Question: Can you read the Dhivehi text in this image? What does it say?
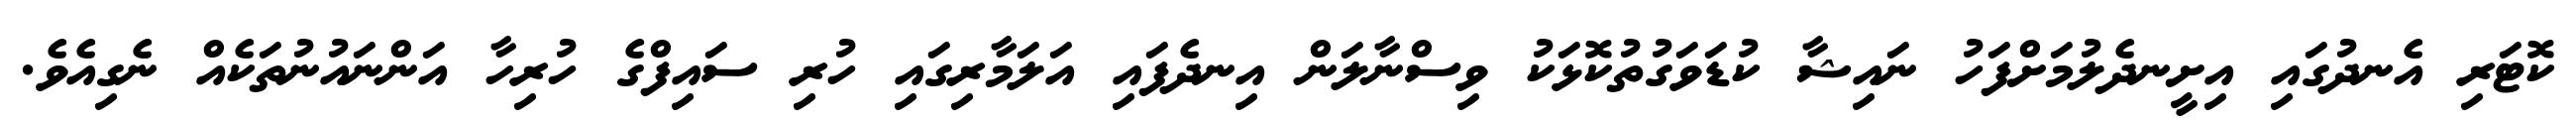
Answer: ކޮޓަރި އެނދުގައި އިށީނދެލުމަށްފަހު ނައިޝާ ކުޑަވަގުތުކޮޅަކު ވިސްނާލަން އިނދެފައި އަލަމާރިގައި ހުރި ސައިފްގެ ހުރިހާ އަންނައުނުތަކެއް ނެގިއެވެ.